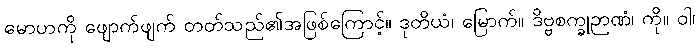
မောဟကို ဖျောက်ဖျက် တတ်သည်၏အဖြစ်ကြောင့်။ ဒုတိယံ၊ မြောက်။ ဒိဗ္ဗစက္ခုဉာဏံ၊ ကို။ ဝါ၊